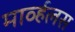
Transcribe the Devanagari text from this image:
मार्व्हलस